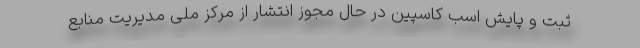
ثبت و پایش اسب کاسپین در حال مجوز انتشار از مرکز ملی مدیریت منابع